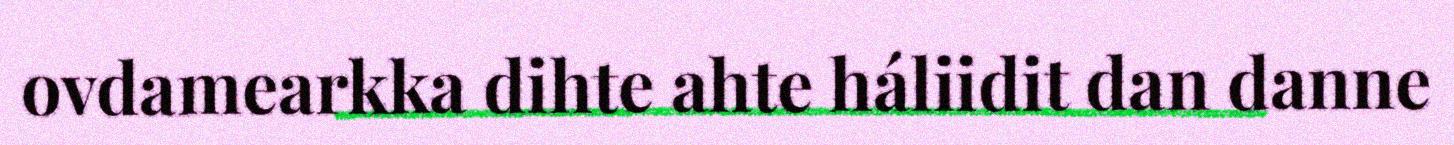
ovdamearkka dihte ahte háliidit dan danne